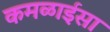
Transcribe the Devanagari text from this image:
कमळाईसा